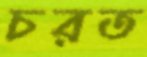
চরত